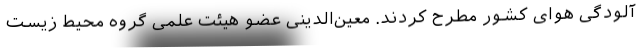
آلودگی هوای کشور مطرح کردند. معین‌الدینی عضو هیئت علمی گروه محیط زیست